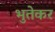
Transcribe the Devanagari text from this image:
भुतेकर